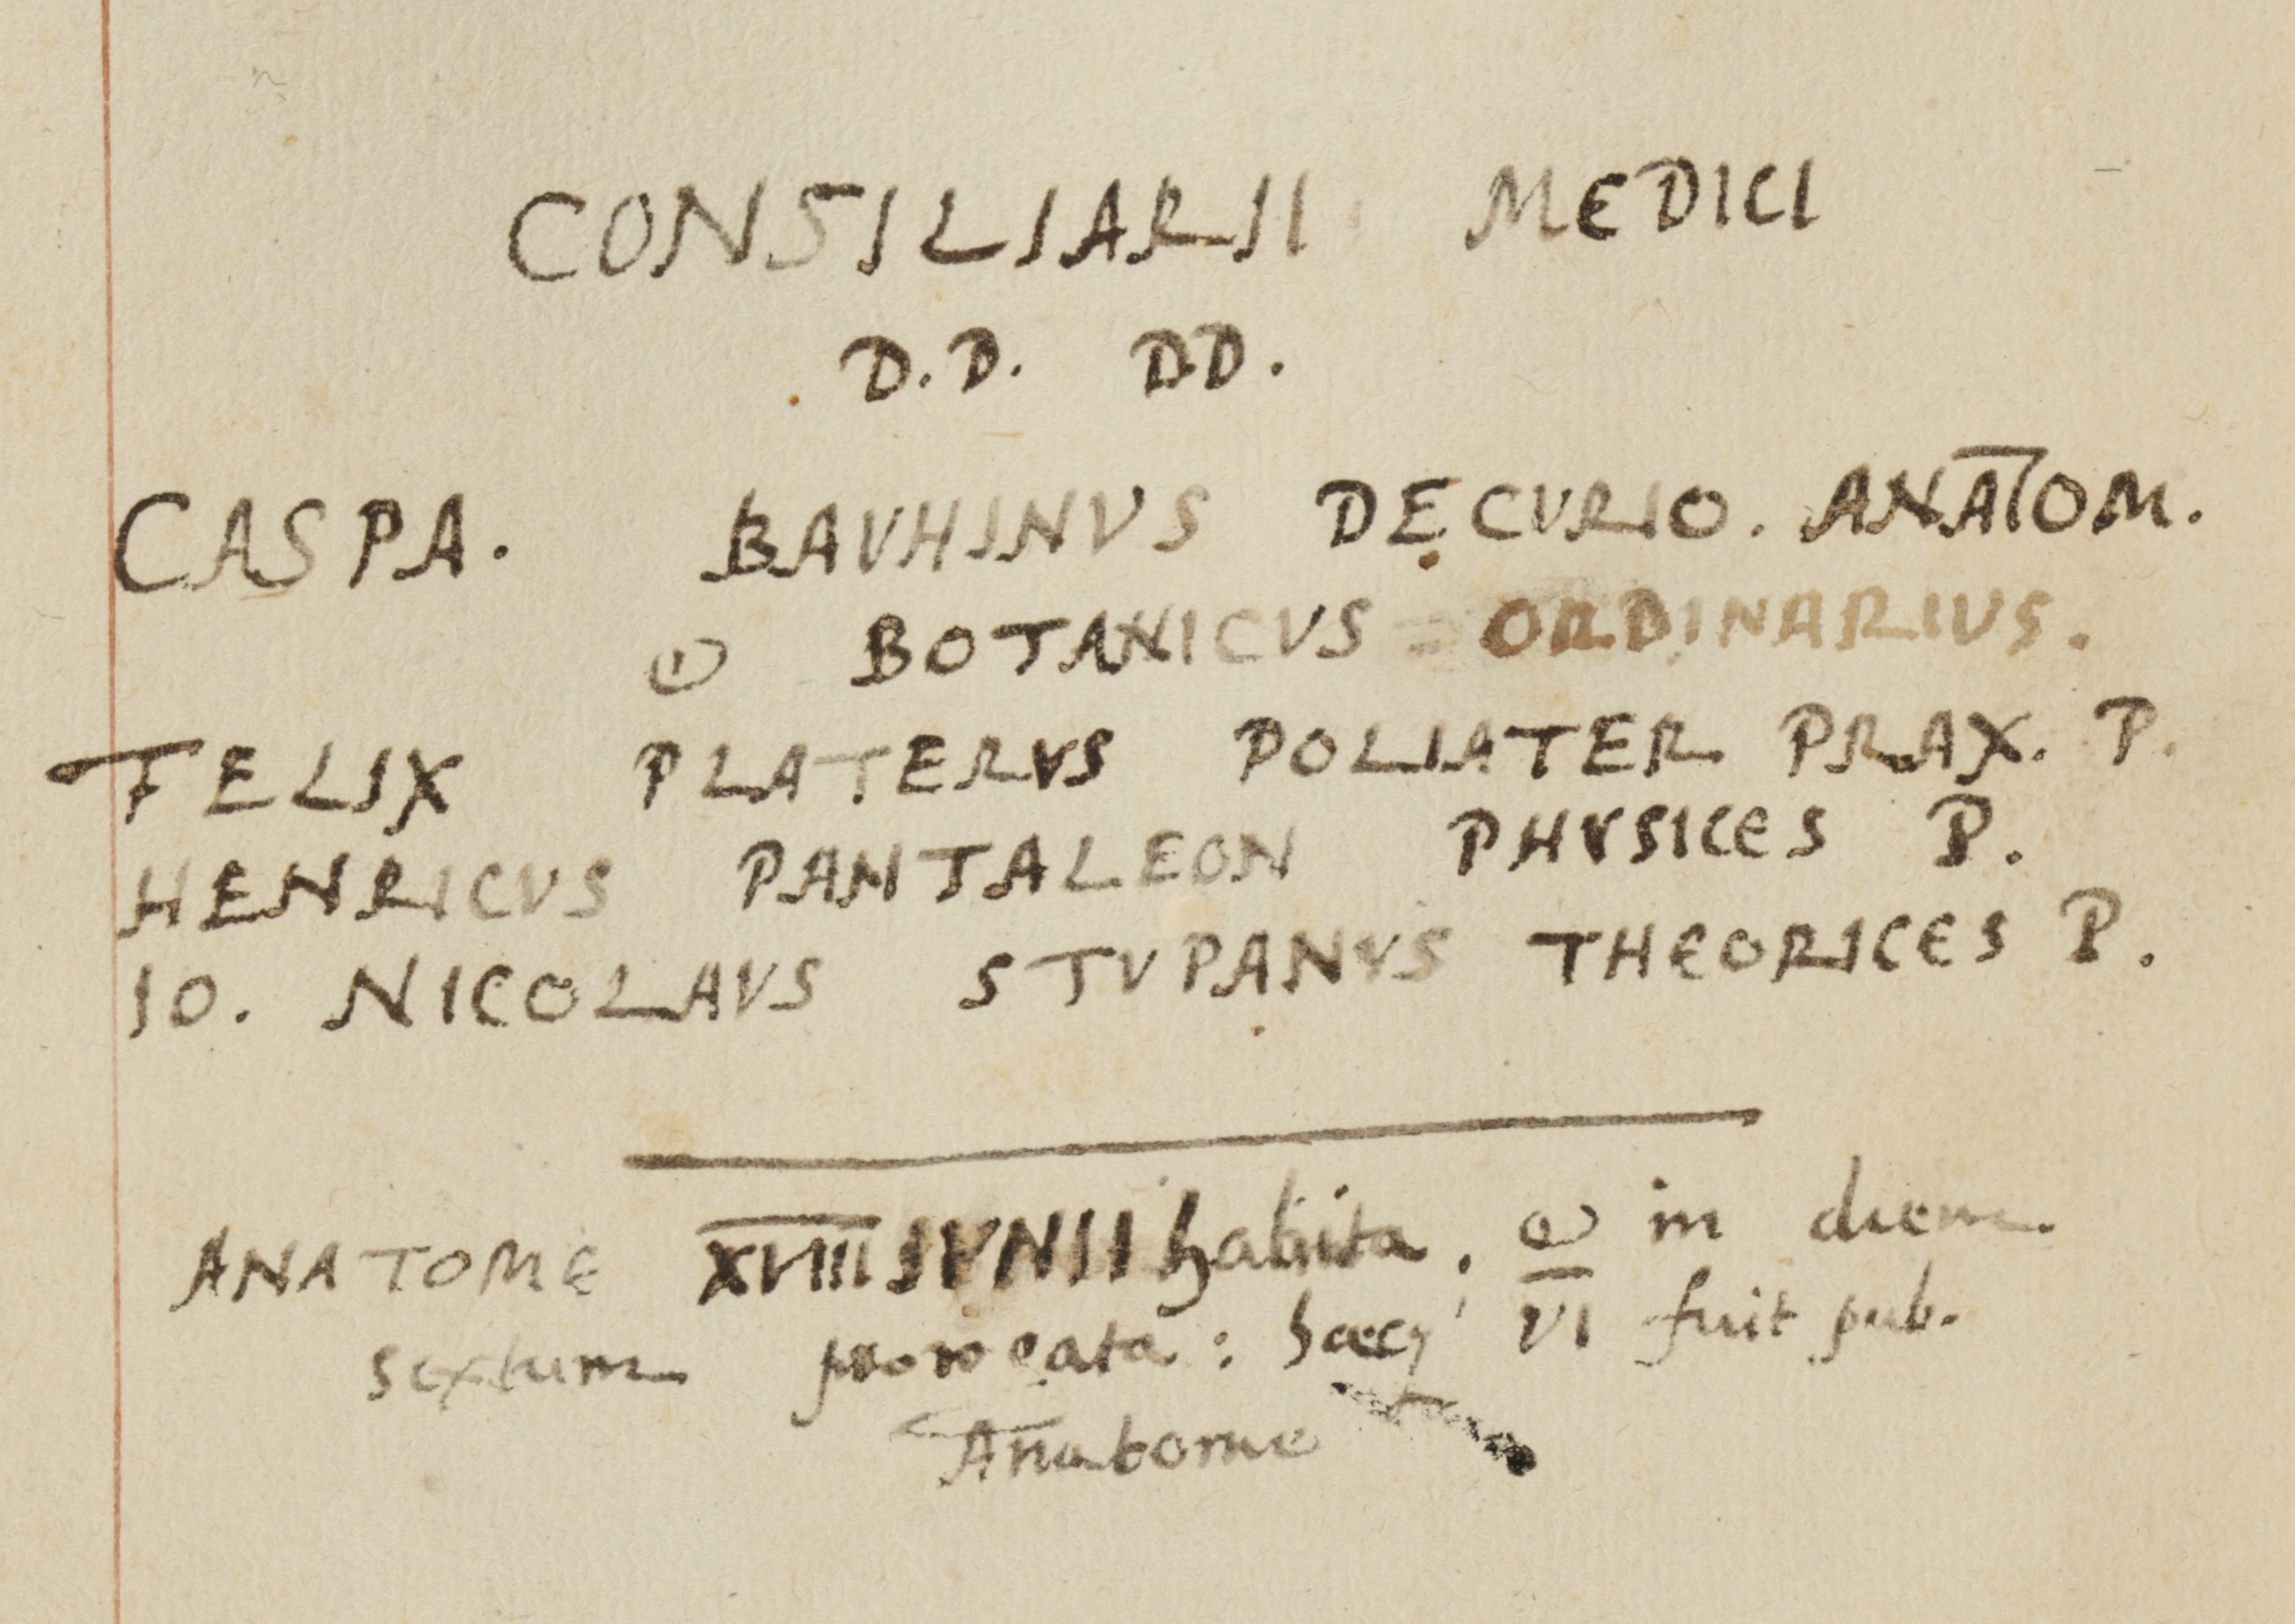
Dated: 1559–1800